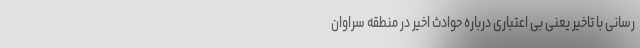
رسانی با تاخیر یعنی بی اعتباری درباره حوادث اخیر در منطقه سراوان